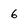
Character: 6